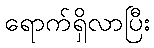
ရောက်ရှိလာပြီး